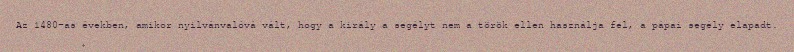
Az 1480-as években, amikor nyilvánvalóvá vált, hogy a király a segélyt nem a török ellen használja fel, a pápai segély elapadt.